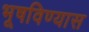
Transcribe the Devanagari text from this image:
भूषविण्यास